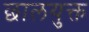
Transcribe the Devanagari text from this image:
छालयुक्त